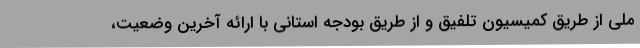
ملی از طریق کمیسیون تلفیق و از طریق بودجه استانی با ارائه آخرین وضعیت،